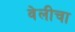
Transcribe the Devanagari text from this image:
वेलीचा